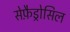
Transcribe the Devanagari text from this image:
सेफ़ैड्रोसिल